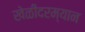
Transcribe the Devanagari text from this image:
खेळीदरम्यान